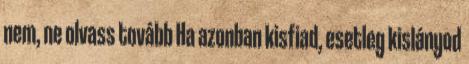
nem, ne olvass tovább Ha azonban kisfiad, esetleg kislányod